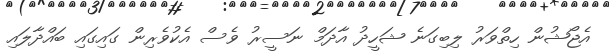
އެޖޯޝުން ހިތްވަރު ލިބިގަނެ ޝަހީދު އާދަމް ނަސީރު ވެސް އެކުވެރިން ގައިގައި ބައްދާލައި